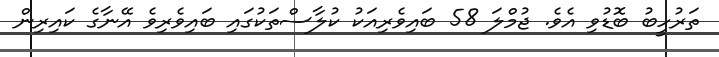
ތަރުހީބު ބޮޑުވި އެވެ. ޖުމްލަ 58 ބައިވެރިއަކު ކުލާސްތަކުގައި ބައިވެރިވެ އޭނާގެ ކައިރިން